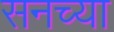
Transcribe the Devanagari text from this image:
सनच्या